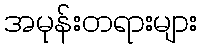
အမုန်းတရားများ